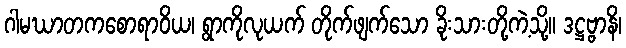
ဂါမဃာတကစောရာဝိယ၊ ရွာကိုလုယက် တိုက်ဖျက်သော ခိုးသားတို့ကဲ့သို့။ ဒဋ္ဌဗ္ဗာနိ၊